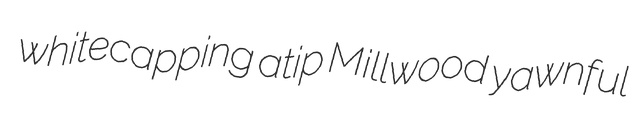
whitecapping atip Millwood yawnful